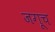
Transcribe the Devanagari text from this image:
जगूच